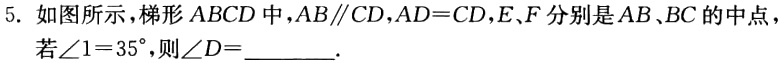
5. 如图所示，梯形 \(ABCD\) 中，\(AB\parallel CD\)，\(AD = CD\)，\(E,F\) 分别是 \(AB、BC\) 的中点，若\(\angle1 = 35^{\circ}\)，则\(\angle D=\underline{\quad\quad}\).